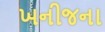
ખનીજના